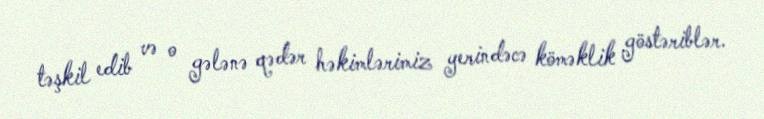
təşkil edib və o gələnə qədər həkimlərimiz yerindəcə köməklik göstəriblər.